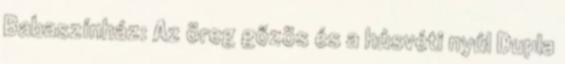
Babaszínház: Az öreg gőzös és a húsvéti nyúl Dupla